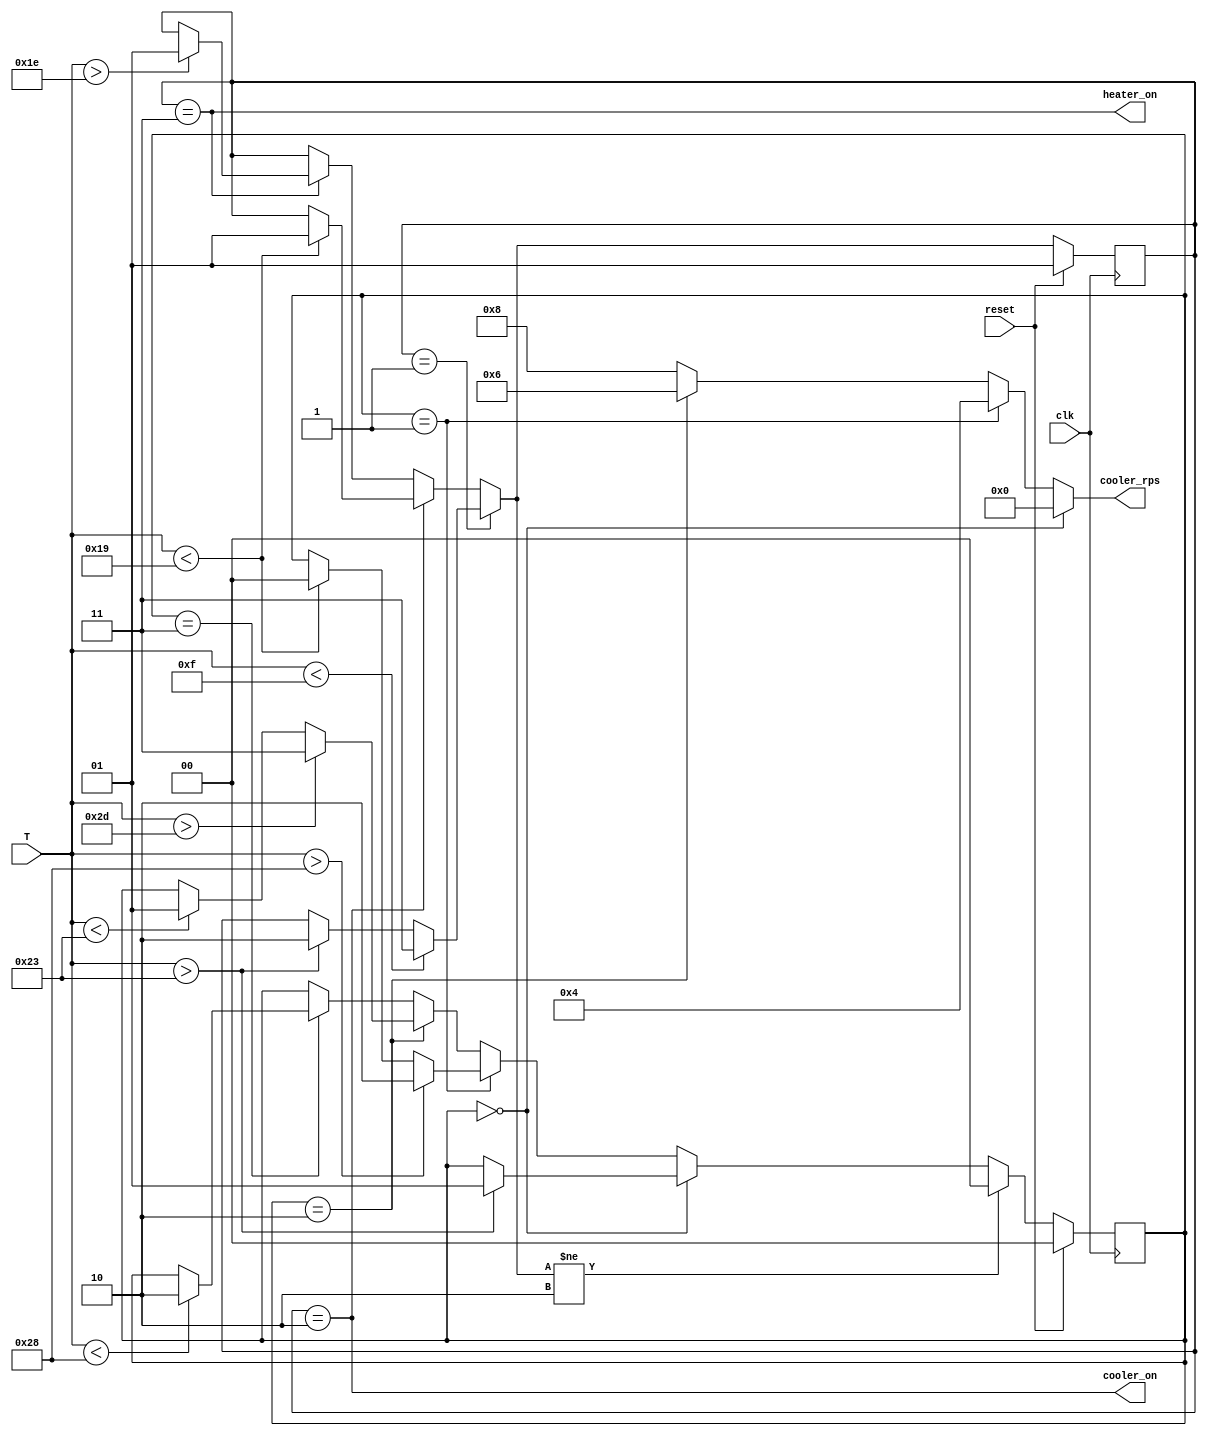
module Incubator (
    input clk,
    input reset,
    input signed [7:0] T,
    output heater_on,
    output cooler_on,
    output [3:0] cooler_rps
);
    reg [1:0] main_state;
    reg [1:0] cooler_rps_state;
    reg [1:0] next_main_state;
    reg [1:0] next_cooler_rps_state;
    // Just like the chart in lab page
    assign cooler_on = (main_state == 2);
    assign heater_on = (main_state == 3);
    assign cooler_rps = cooler_rps_state == 0 ? 4'd0 : (cooler_rps_state == 1 ? 4'd4 : (cooler_rps_state == 2 ? 4'd6 : 4'd8));
    // Watch for temp change
    always @(T or main_state or cooler_rps_state) begin
        next_main_state <= main_state;
        // Check main state to decide the next state
        if (main_state == 1) begin
            if (T < 15)
                next_main_state <= 2'd3;
            else if (T > 35)
                next_main_state <= 2'd2;
        end else if (main_state == 2) begin
            if (T < 25)
                next_main_state <= 2'd1;
        end else if (main_state == 3) begin
            if (T > 30)
                next_main_state <= 2'd1;
        end
        // Check the fan state
        next_cooler_rps_state <= cooler_rps_state;
        // Nothing to do if cooler is not on
        if (next_main_state != 2) begin
            next_cooler_rps_state <= 0; // zero is out
        end else begin
            if (cooler_rps_state == 0) begin
                if (T > 35) // this looks unnecessary but whatever
                    next_cooler_rps_state <= 2'd1;
            end else if (cooler_rps_state == 1) begin
                if (T > 40)
                    next_cooler_rps_state <= 2'd2;
                else if (T < 25) // this looks unnecessary too
                    next_cooler_rps_state <= 2'd0;
            end else if (cooler_rps_state == 2) begin
                if (T > 45)
                    next_cooler_rps_state <= 2'd3;
                else if (T < 35)
                    next_cooler_rps_state <= 2'd1;
            end else if (cooler_rps_state == 3) begin
                if (T < 40)
                    next_cooler_rps_state <= 2'd2;
            end
        end
    end
    // Wait for clock
    always @(posedge clk) begin
        if (reset) begin
            main_state <= 2'b1;
            cooler_rps_state <= 2'b0;
        end else begin
            main_state <= next_main_state;
            cooler_rps_state <= next_cooler_rps_state;
        end
    end
endmodule